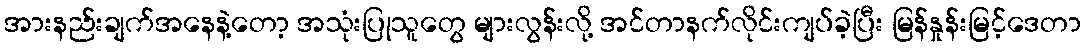
အားနည်းချက်အနေနဲ့တော့ အသုံးပြုသူတွေ များလွန်းလို့ အင်တာနက်လိုင်းကျပ်ခဲ့ပြီး မြန်နှုန်းမြင့်ဒေတာ